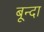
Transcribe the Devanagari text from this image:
बून्दा